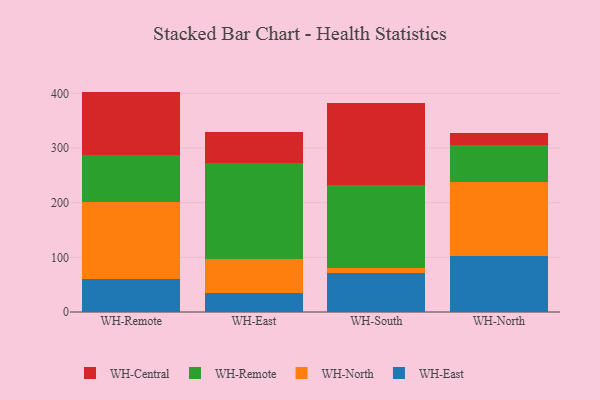
{"axis": {"x": "Warehouse", "y": "Conversion Rate (%)"}, "legend": ["WH-Central", "WH-East", "WH-North", "WH-Remote"], "data": [{"x": "WH-Remote", "y": 59.8, "type": "WH-East"}, {"x": "WH-Remote", "y": 141.7, "type": "WH-North"}, {"x": "WH-Remote", "y": 86.0, "type": "WH-Remote"}, {"x": "WH-Remote", "y": 115.8, "type": "WH-Central"}, {"x": "WH-East", "y": 34.3, "type": "WH-East"}, {"x": "WH-East", "y": 61.8, "type": "WH-North"}, {"x": "WH-East", "y": 176.6, "type": "WH-Remote"}, {"x": "WH-East", "y": 55.9, "type": "WH-Central"}, {"x": "WH-South", "y": 71.4, "type": "WH-East"}, {"x": "WH-South", "y": 9.4, "type": "WH-North"}, {"x": "WH-South", "y": 152.4, "type": "WH-Remote"}, {"x": "WH-South", "y": 149.9, "type": "WH-Central"}, {"x": "WH-North", "y": 101.7, "type": "WH-East"}, {"x": "WH-North", "y": 136.7, "type": "WH-North"}, {"x": "WH-North", "y": 66.9, "type": "WH-Remote"}, {"x": "WH-North", "y": 22.0, "type": "WH-Central"}]}